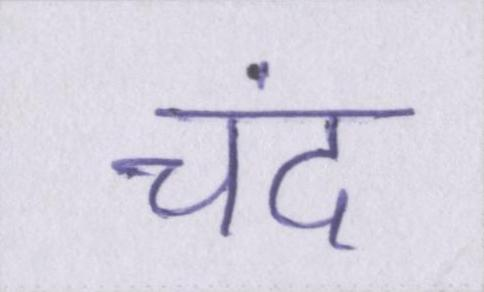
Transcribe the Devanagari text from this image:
चंद